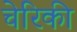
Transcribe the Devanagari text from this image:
चेरिकी